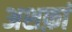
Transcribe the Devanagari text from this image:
अशफ़ां